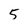
Character: 5